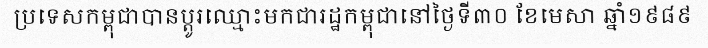
ប្រទេសកម្ពុជាបានប្តូរឈ្មោះមកជារដ្ឋកម្ពុជានៅថ្ងៃទី៣០ ខែមេសា ឆ្នាំ១៩៨៩